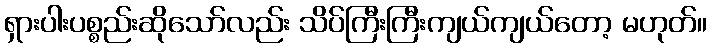
ရှားပါးပစ္စည်းဆိုသော်လည်း သိပ်ကြီးကြီးကျယ်ကျယ်တော့ မဟုတ်။